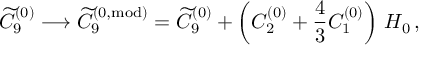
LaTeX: \widetilde { C } _ { 9 } ^ { ( 0 ) } \longrightarrow \widetilde { C } _ { 9 } ^ { ( 0 , \mathrm { m o d } ) } = \widetilde { C } _ { 9 } ^ { ( 0 ) } + \left( C _ { 2 } ^ { ( 0 ) } + \frac { 4 } { 3 } C _ { 1 } ^ { ( 0 ) } \right) \, H _ { 0 } \, ,